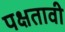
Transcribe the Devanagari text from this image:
पक्षतावी